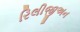
રિલીજીઅન